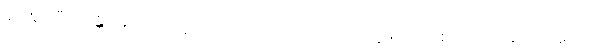
ဆိုအပ်ပြီ။ ကိန္တိ၊ အဘယ်သို့လျှင်။ ပညာပေတိ၊ အပြားတို့ဖြင့် သိစေတတ်သနည်း။ ဣတိ၊